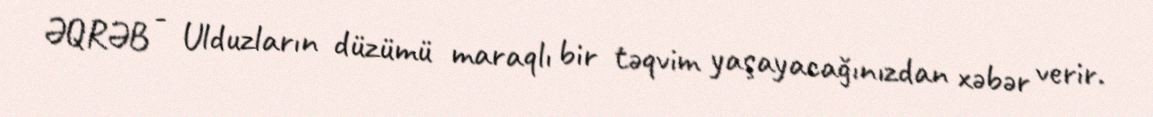
ƏQRƏB - Ulduzların düzümü maraqlı bir təqvim yaşayacağınızdan xəbər verir.